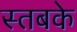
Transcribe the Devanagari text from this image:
स्तबके